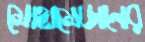
মোহামেডানের